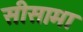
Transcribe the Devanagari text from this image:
सीसामा